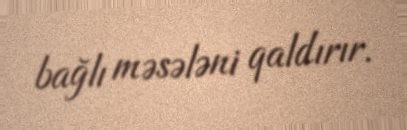
bağlı məsələni qaldırır.